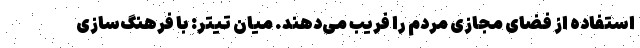
استفاده از فضای مجازی مردم را فریب می‌دهند. میان تیتر: با فرهنگ‌سازی